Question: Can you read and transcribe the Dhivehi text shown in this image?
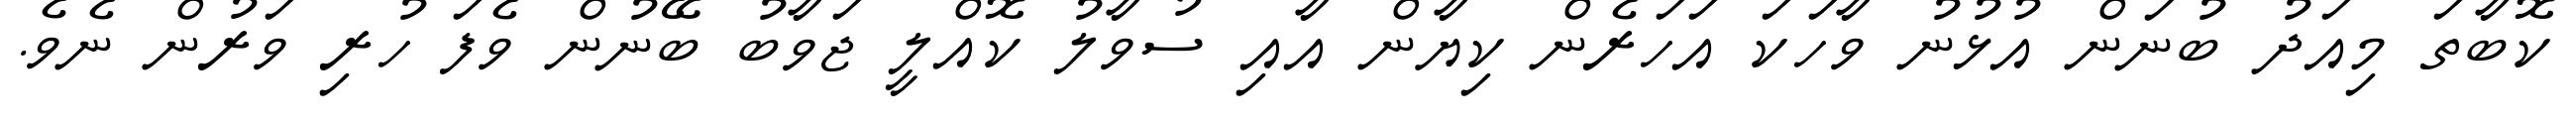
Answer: ކޮބާތަ މިއަދު ބުނަން އުޅުނު ވާހަކަ އަހަރެން ކިޔާން އާއި ސުވާލު ކޮއްލީ ޖަވާބު ބޭނުން ވެފަ ހުރި ވަރުން ނެވެ.